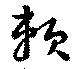
頼